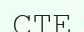
СТЕ